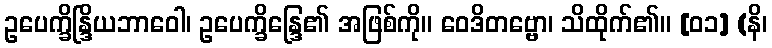
ဥပေက္ခိန္ဒြိယဘာဝေါ၊ ဥပေက္ခိန္ဒြေ၏ အဖြစ်ကို။ ဝေဒိတဗ္ဗော၊ သိထိုက်၏။ [၀၁] (နိ၊